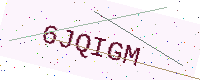
Text: 6JQIGM